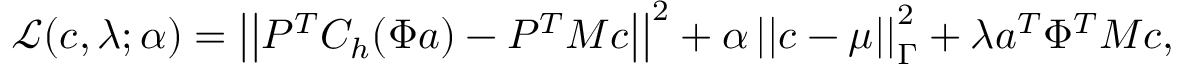
\mathcal { L } ( \boldsymbol { c } , \lambda ; \alpha ) = \left| \left| P ^ { T } C _ { h } ( \Phi \boldsymbol { a } ) - P ^ { T } M \boldsymbol { c } \right| \right| ^ { 2 } + \alpha \left| \left| \boldsymbol { c } - \boldsymbol { \mu } \right| \right| _ { \Gamma } ^ { 2 } + \lambda \boldsymbol { a } ^ { T } \Phi ^ { T } M \boldsymbol { c } ,